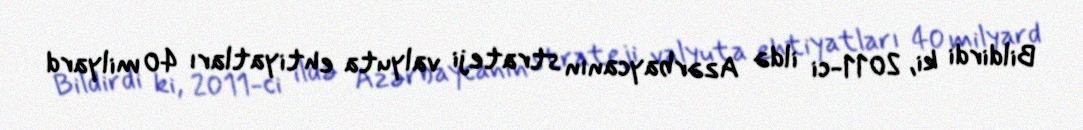
Bildirdi ki, 2011-ci ildə Azərbaycanın strateji valyuta ehtiyatları 40 milyard